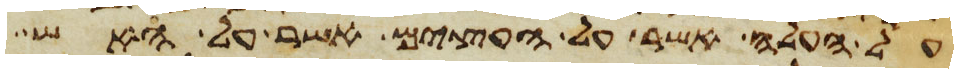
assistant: על העלה אשר על העצים אשר על האש